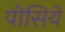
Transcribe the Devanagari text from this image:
पीसिये